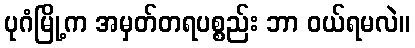
ပုဂံမြို့က အမှတ်တရပစ္စည်း ဘာ ဝယ်ရမလဲ။